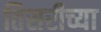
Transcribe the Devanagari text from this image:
तिसरीच्या